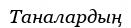
Таналардың